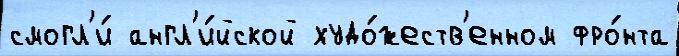
смогл'и́ англ'и́йской худо́жеств'енном фро́нта